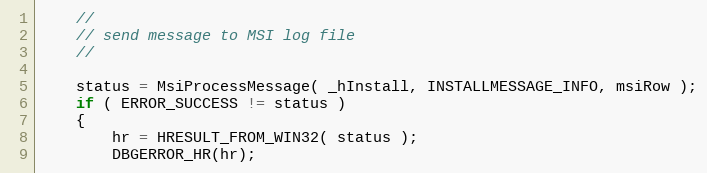
Language: C++
    //
    // send message to MSI log file
    //

    status = MsiProcessMessage( _hInstall, INSTALLMESSAGE_INFO, msiRow );
    if ( ERROR_SUCCESS != status )
    {
        hr = HRESULT_FROM_WIN32( status );
        DBGERROR_HR(hr);